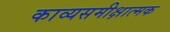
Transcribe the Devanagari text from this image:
काव्यसमीक्षात्मक